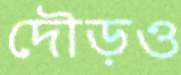
দৌড়ও